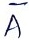
Text: A